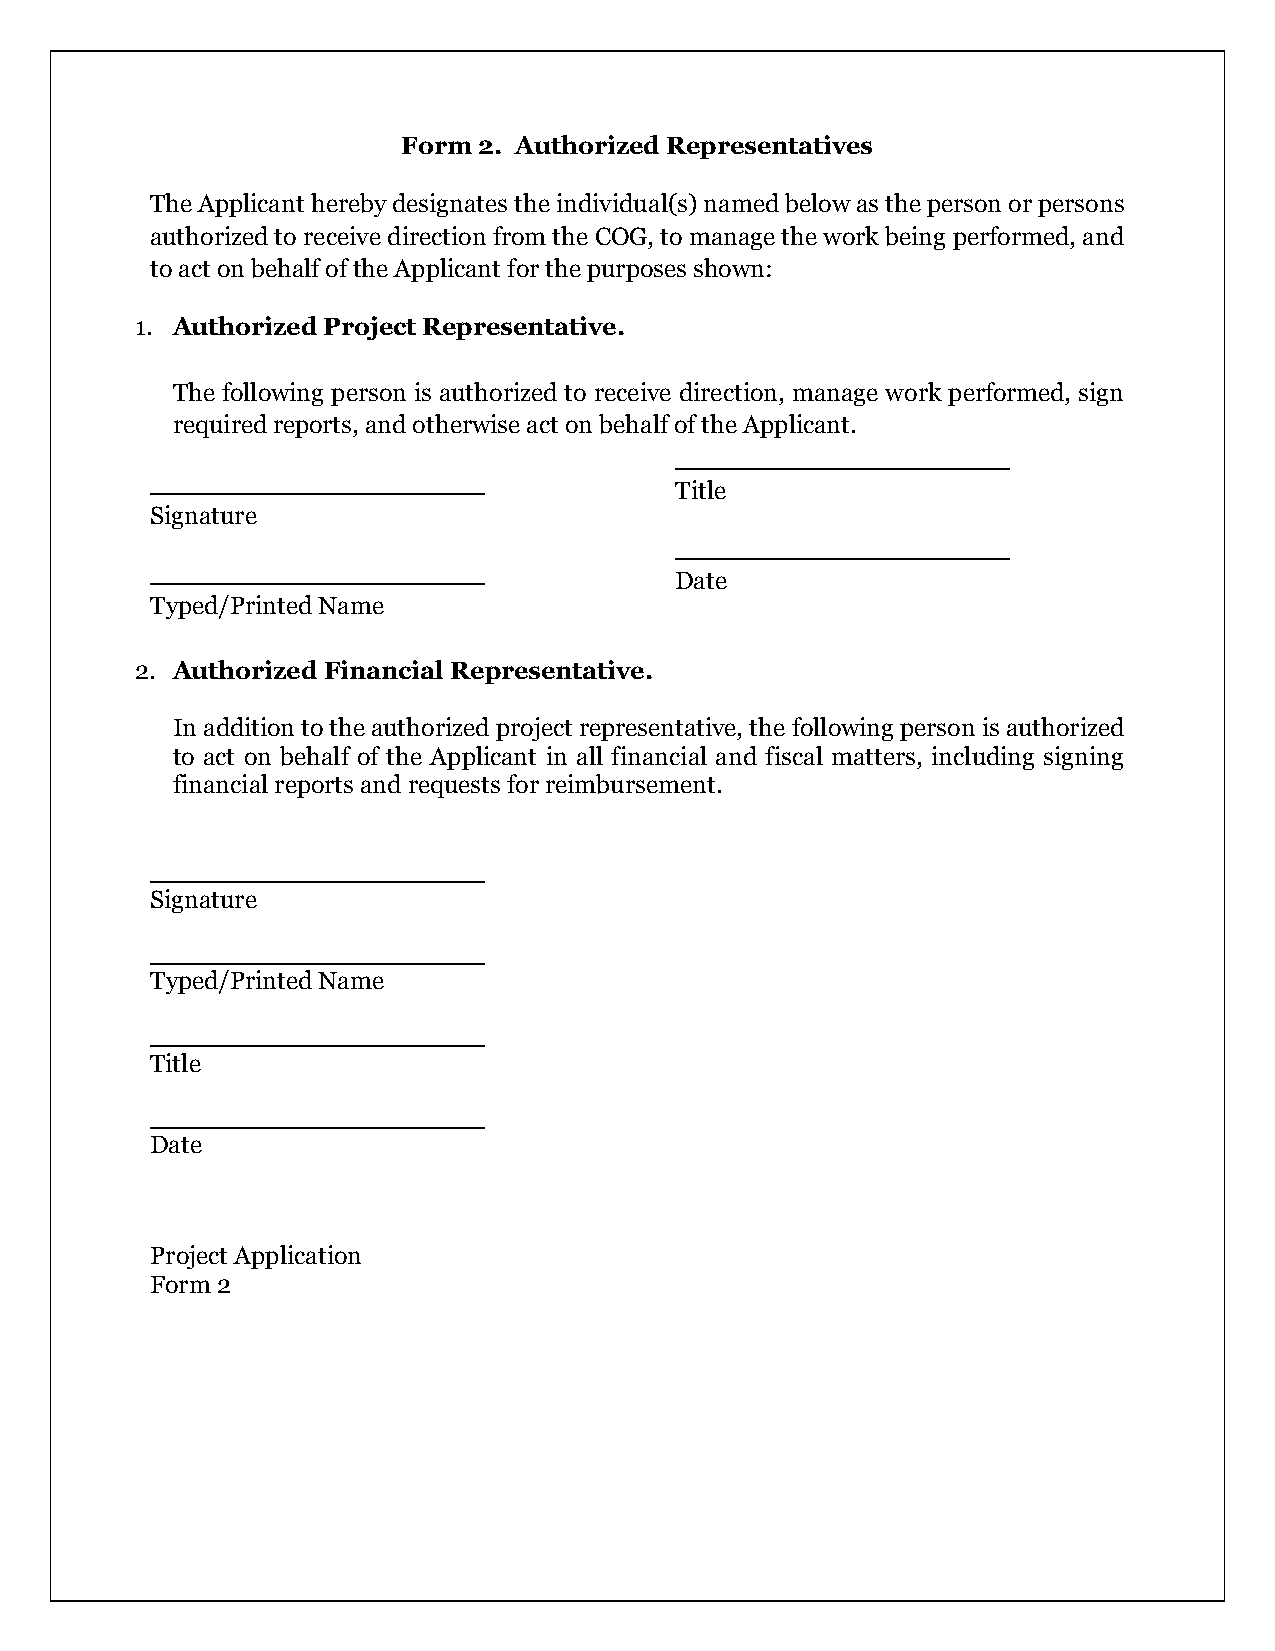
Form 2. Authorized Representatives
 The Applicant hereby designates the individual(s) named below as the person or persons
 authorized to receive direction from the COG, to manage the work being performed, and
 to act on behalf of the Applicant for the purposes shown:
 1. Authorized Project Representative.
 The following person is authorized to receive direction, manage work performed, sign
 required reports, and otherwise act on behalf of the Applicant.
 ___________________
 ___________________
 Title
 Signature
 ___________________
 ___________________
 Date
 Typed/Printed Name
 2. Authorized Financial Representative.
 In addition to the authorized project representative, the following person is authorized
 to act on behalf of the Applicant in all financial and fiscal matters, including signing
 financial reports and requests for reimbursement.
 ___________________
 Signature
 ___________________
 Typed/Printed Name
 ___________________
 Title
 ___________________
 Date
 Project Application
 Form 2